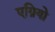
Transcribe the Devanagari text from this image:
एग्रियो